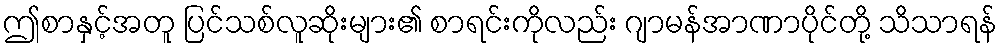
ဤစာနှင့်အတူ ပြင်သစ်လူဆိုးများ၏ စာရင်းကိုလည်း ဂျာမန်အာဏာပိုင်တို့ သိသာရန်